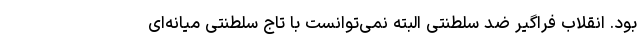
بود. انقلاب فراگیر ضد سلطنتی البته نمی‌توانست با تاج سلطنتی میانه‌ای